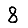
Digit: 8